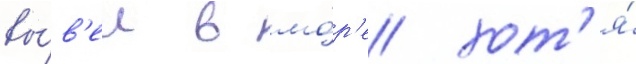
вы́в'ел в мо́р'е хот'я́